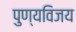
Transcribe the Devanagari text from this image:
पुण्यविजय